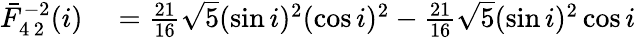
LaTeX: \begin{array}{rl}{\bar{F}_{4\, 2}^{-2}(i)}&{{}=\frac{21}{16}\sqrt{5}(\sin i)^{2}(\cos i)^{2}-\frac{21}{16}\sqrt{5}(\sin i)^{2}\cos i}\end{array}